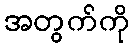
အတွက်ကို